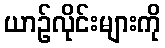
ယာဉ်လိုင်းများကို